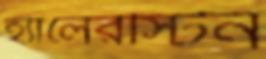
হ্যালেরস্টিন